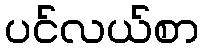
ပင်လယ်စာ